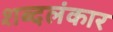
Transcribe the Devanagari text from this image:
शब्दलंकार